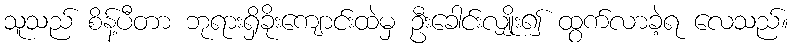
သူသည် စိန့်ပီတာ ဘုရားရှိခိုးကျောင်းထဲမှ ဦးခေါင်းလျှိုး၍ ထွက်လာခဲ့ရ လေသည်။